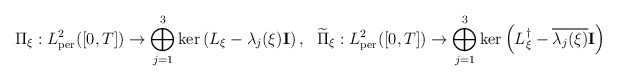
\begin{align*}\Pi_\xi:L^2_{\rm per}([0,T])\to\bigoplus_{j=1}^3{\rm ker}\left(L_\xi-\lambda_j(\xi){\bf I}\right),~~\widetilde{\Pi}_\xi:L^2_{\rm per}([0,T])\to\bigoplus_{j=1}^3{\rm ker}\left(L_\xi^\dag-\overline{\lambda_j(\xi)}{\bf I}\right)\end{align*}